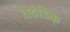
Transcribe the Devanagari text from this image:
तेदंडिक